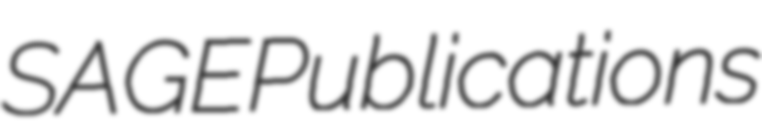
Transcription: SAGE Publications